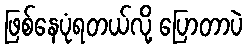
ဖြစ်နေပုံရတယ်လို့ ပြောတာပဲ